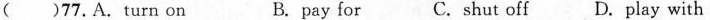
( )77.A.turn on B. pay for C.shut off D.play with